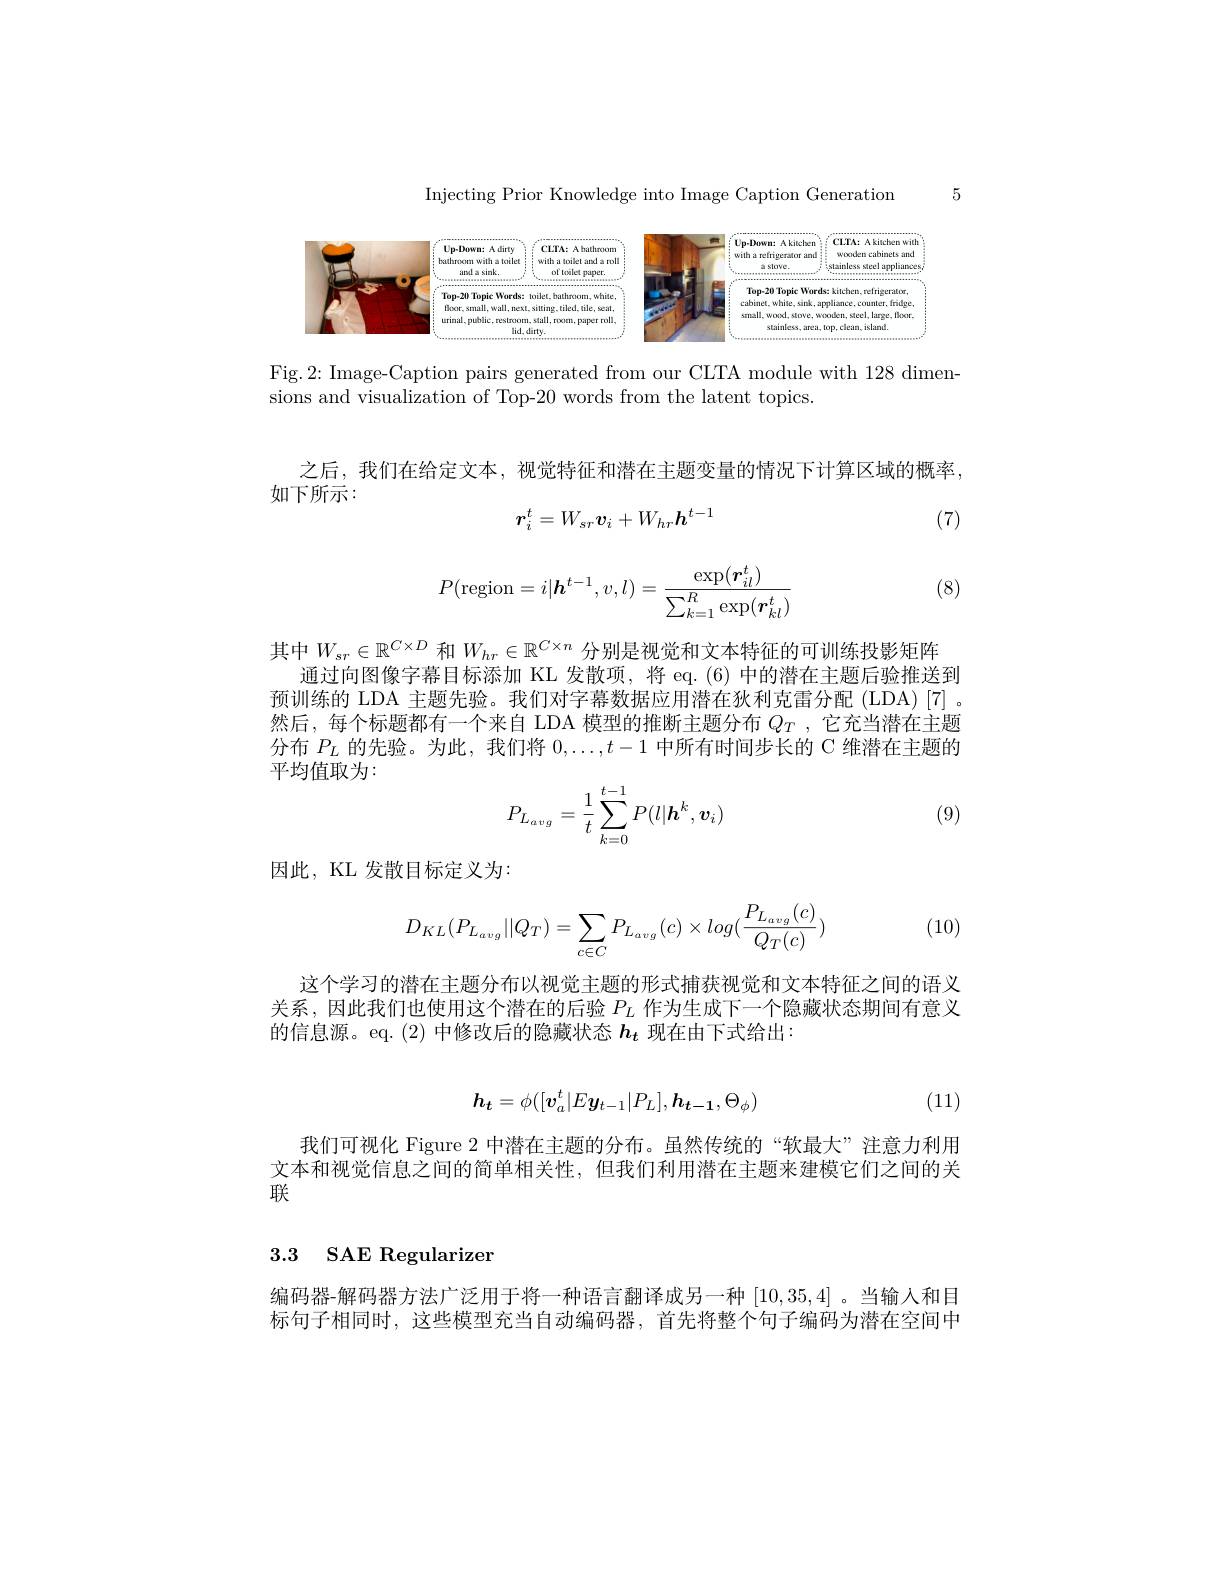
5

Injecting Prior Knowledge into Image Caption Generation

<FigureHere>

Fig.2: Image-Caption pairs generated from our CLTA module with 128 dimen-
sions and visualization of Top-20 words from the latent topics.

之后，我们在给定文本，视觉特征和潜在主题变量的情况下计算区域的概率，

如下所示：

(7)
$$r_i^t=W_{sr}\boldsymbol{v}_i+W_{hr}\boldsymbol{h}^{t-1}$$
$$P(\mathrm{region}=i|\boldsymbol{h}^{t-1},v,l)=\frac{\exp(\boldsymbol{r}_{il}^t)}{\sum_{k=1}^R\exp(\boldsymbol{r}_{kl}^t)}$$
(8)

其中$W_{sr}\in\mathbb{R}^{C\times D}$和$W_{hr}\in\mathbb{R}^{C\times n}$分别是视觉和文本特征的可训练投影矩阵
通过向图像字幕目标添加 KL 发散项，将 eq.(6) 中的潜在主题后验推送到预训练的 LDA 主题先验。我们对字幕数据应用潜在狄利克雷分配(LDA)[7] 。然后，每个标题都有一个来自 LDA 模型的推断主题分布$Q_T$ ,它充当潜在主题分布$P_L$的先验。为此，我们将$0,\ldots,t-1$中所有时间步长的 C 维潜在主题的平均值取为：

(9)
$$P_{L_{avg}}=\dfrac{1}{t}\sum_{k=0}^{t-1}P(l|\boldsymbol{h}^k,\boldsymbol{v}_i)$$
因此，KL 发散目标定义为：

(10)
$$D_{KL}(P_{L_{avg}}||Q_T)=\sum_{c\in C}P_{L_{avg}}(c)\times log(\frac{P_{L_{avg}}(c)}{Q_T(c)})$$
这个学习的潜在主题分布以视觉主题的形式捕获视觉和文本特征之间的语义关系，因此我们也使用这个潜在的后验$P_L$作为生成下一个隐藏状态期间有意义的信息源。eq.(2)中修改后的隐藏状态$h_t$现在由下式给出

(11)
$$\boldsymbol{h_t}=\phi([\boldsymbol{v_a^t}|E\boldsymbol{y_{t-1}}|P_L],\boldsymbol{h_{t-1}},\Theta_\phi)$$
我们可视化 Figure 2 中潜在主题的分布。虽然传统的“软最大”注意力利用文本和视觉信息之间的简单相关性，但我们利用潜在主题来建模它们之间的关联

## 3.3 SAE Regularizer

编码器-解码器方法广泛用于将一种语言翻译成另一种[10,35,4] 。当输人和目标句子相同时，这些模型充当自动编码器，首先将整个句子编码为潜在空间中